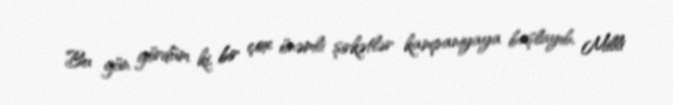
Bu gün gördüm ki, bir çox önəmli şirkətlər kampaniyaya başlayıb, Milli